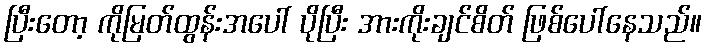
ပြီးတော့ ကိုမြတ်ထွန်းအပေါ် ပိုပြီး အားကိုးချင်စိတ် ဖြစ်ပေါ်နေသည်။